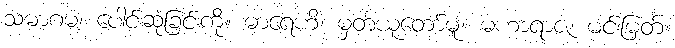
သမာဂမံ၊ ပေါင်းဆုံခြင်းကို။ ဓာရေဟိ၊ မှတ်ယူတော်မူ။ မဟာရာဇ၊ မင်းမြတ်။